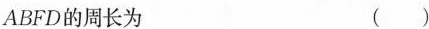
ABFD的周长为 ()